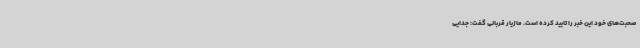
صحبت‌های خود این خبر را تایید کرده است. مازیار قربانی گفت: جدایی